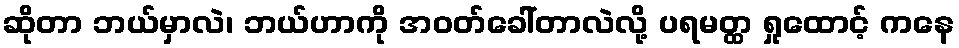
ဆိုတာ ဘယ်မှာလဲ၊ ဘယ်ဟာကို အဝတ်ခေါ်တာလဲလို့ ပရမတ္ထ ရှုထောင့် ကနေ